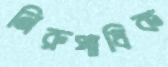
নিরুপাধিক